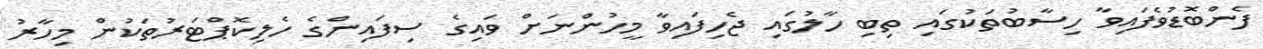
ފެންބޮޑުވެފައިވާ ހިސާބުތަކުގައި ތިބި ހާލުގައި ޖެހިފައިވާ މީހުންނަށް ވައިގެ ސިފައިންގެ ހެލިކޮޕްޓަރުތަކުން މިހާރު